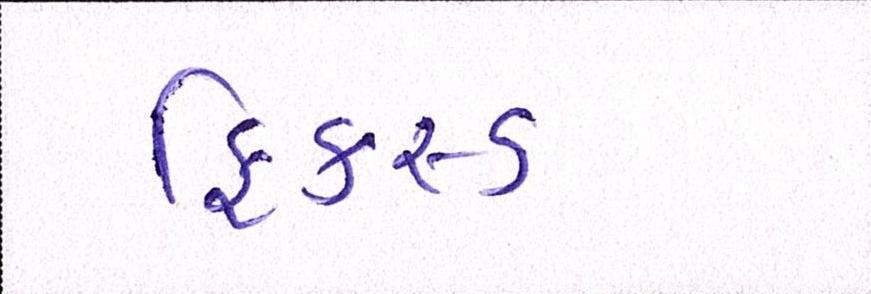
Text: ફિકસ્ડ